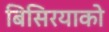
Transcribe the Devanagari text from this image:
बिसिरयाको